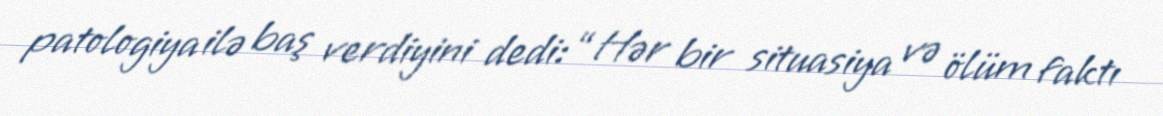
patologiya ilə baş verdiyini dedi: “Hər bir situasiya və ölüm faktı